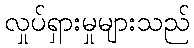
လှုပ်ရှားမှုများသည်